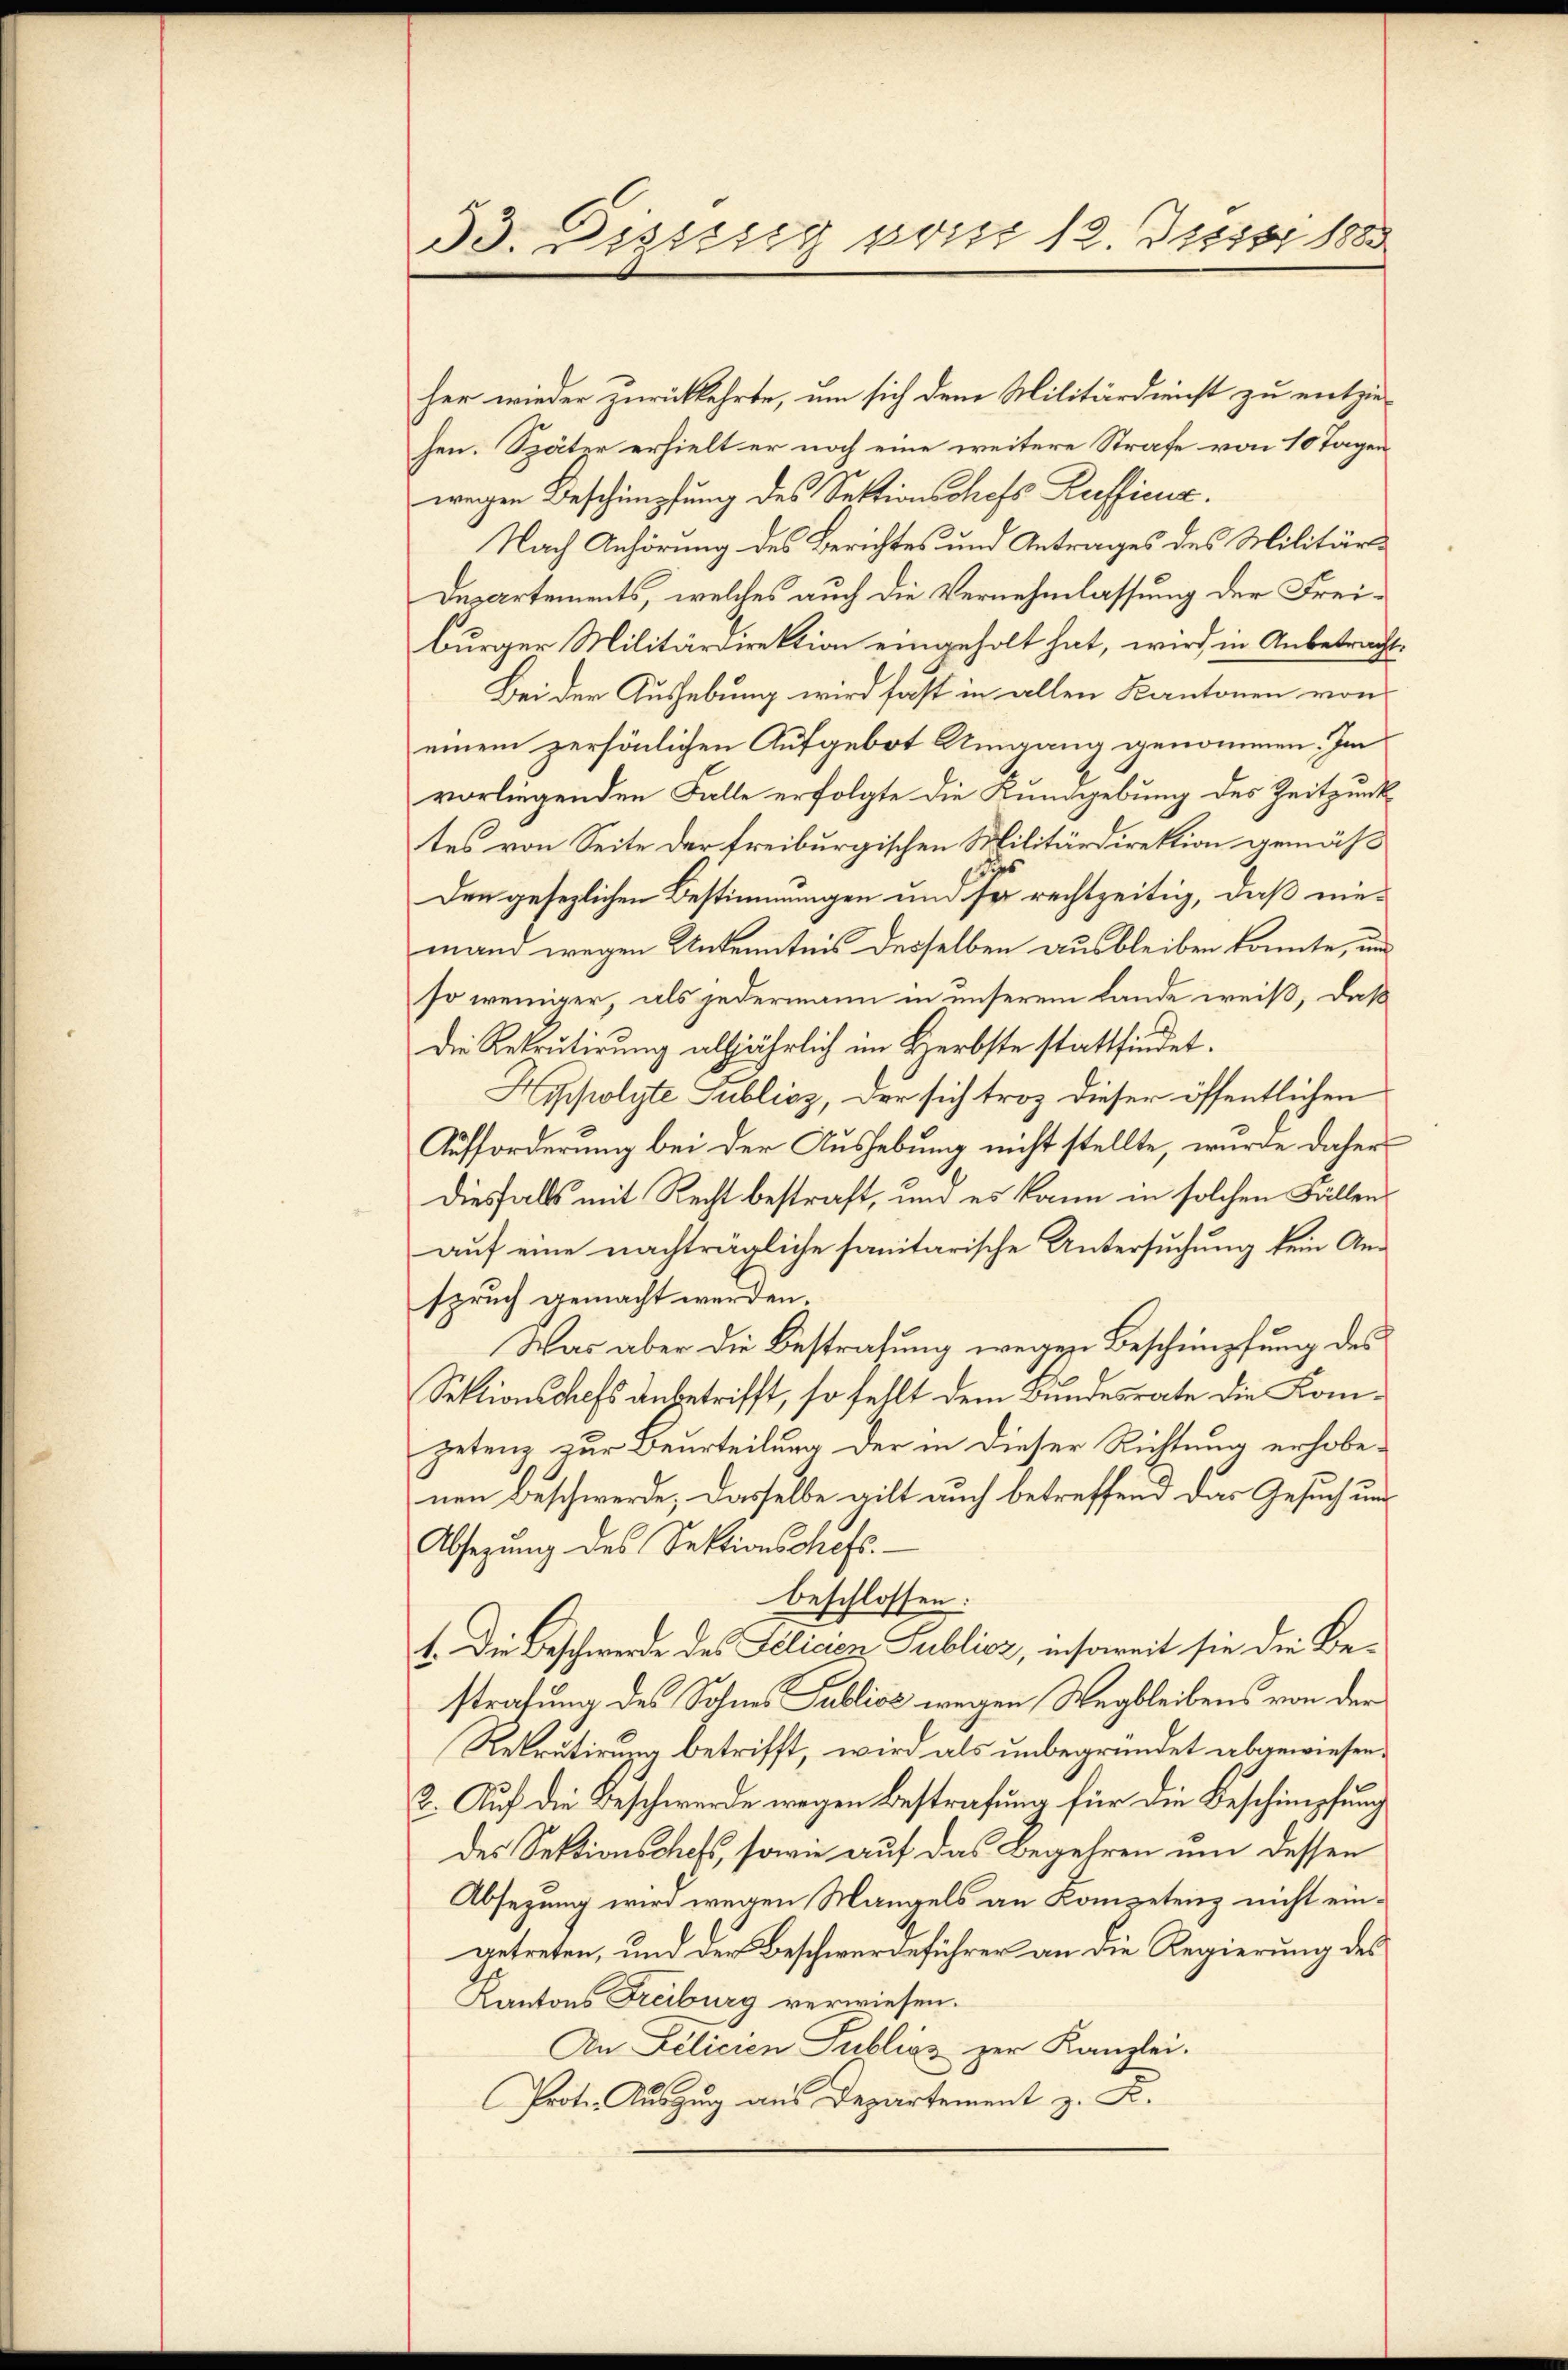
33. Diesssig prinz 12. Justi 1888

her wieder zurückkehrte, um sich dem Militärdienst zu entzie-
hen. Später erhielt er noch eine weitere Strafe von 10 Tagen
wegen Beschimpfung des Sektionsshofs Rafficis.
Nach Anhörung des Berichtes und Antrages des Militär¬
Departements, welches auch die Vernehmlassung der Freiburger Militärdirektion eingeholt hat, wird in Anbetracht.
Bei der Aushebung wird fast in allen Kantonen von
einem persönlichen Aufgebot Umgang genommen. Im
vorliegenden Falle erfolgte die Kundgebung des Zeitpunktes von Seite der freiburgischen Militärdirektion gemäß
Den gesezlichen Bestimmungen und der rechtzeitig, daß niemand wegen Unkenntnis desselben ausbleiben konnte, und
so weniger, als jedermann in unserem Lande weiß, daß
Die Rekrutirung alljährlich im Herbste stattfindet.
Hypolyte Publicz, der sich troz dieser öffentlichen
Aufforderung bei der Aushebung nicht stellte, wurde daher
diesfalls mit Recht bestraft, und es kann in solchen Fällenauf eine nachträgliche sanitarische Untersuchung kein Anspruch gemacht werden.
Was aber die Bestrafung wegen Beschimpfung des
Sektionschefs anbetrifft, so fehlt dem Bundesrate die Kompetenz zur Beurteilung der in dieser Richtung erhobenen Beschwerde, dasselbe gilt auch betreffend das Gesuch und
Absetzung des Sektionschefs
beschlossen:
1. Die Beschwerde des Felicen Publicz, insoweit sie die Bestrafung des Sohnes Publics wegen Wegbleibens von der
Rekrutirung betrifft, wird als unbegründet abgewiesen.
2. Auf die Beschwerde wegen Bestrafung für die Beschimpfung
des Sektionschaft, sowie auf das Begehren um dessen
Absetzung wird wegen Mangels an Kompetenz nicht eingetreten, und der Beschwerdeführer an die Regierung des
Kantons Freiburg verwiesen.
An Felicien Publicz zur Kanzlei.
Prote. Auszug aus Departement z. B.